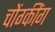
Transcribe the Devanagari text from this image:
चोंग्कींग